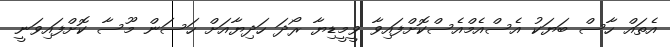
އެތައް ހާސް ބަޔަކު އެސްއެމްއެސްކޮށްފައިވާ ވީމީޑިޔާ ރޯދަ ހަދިޔާއަށް ހަސަން މޫސާ ކޮށްފައިވަނީ